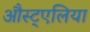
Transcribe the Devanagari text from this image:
औस्ट्एलिया